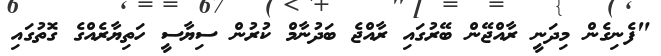
"ފެނިގެން މިދަނީ ރާއްޖޭން ބޭރުގައި ރާއްޖެ ބަދުނާމް ކުރުން ސިޔާސީ ހަތިޔާރެއްގެ ގޮތުގައި